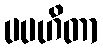
ပပဟိတာ